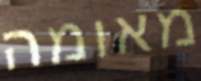
מאומה